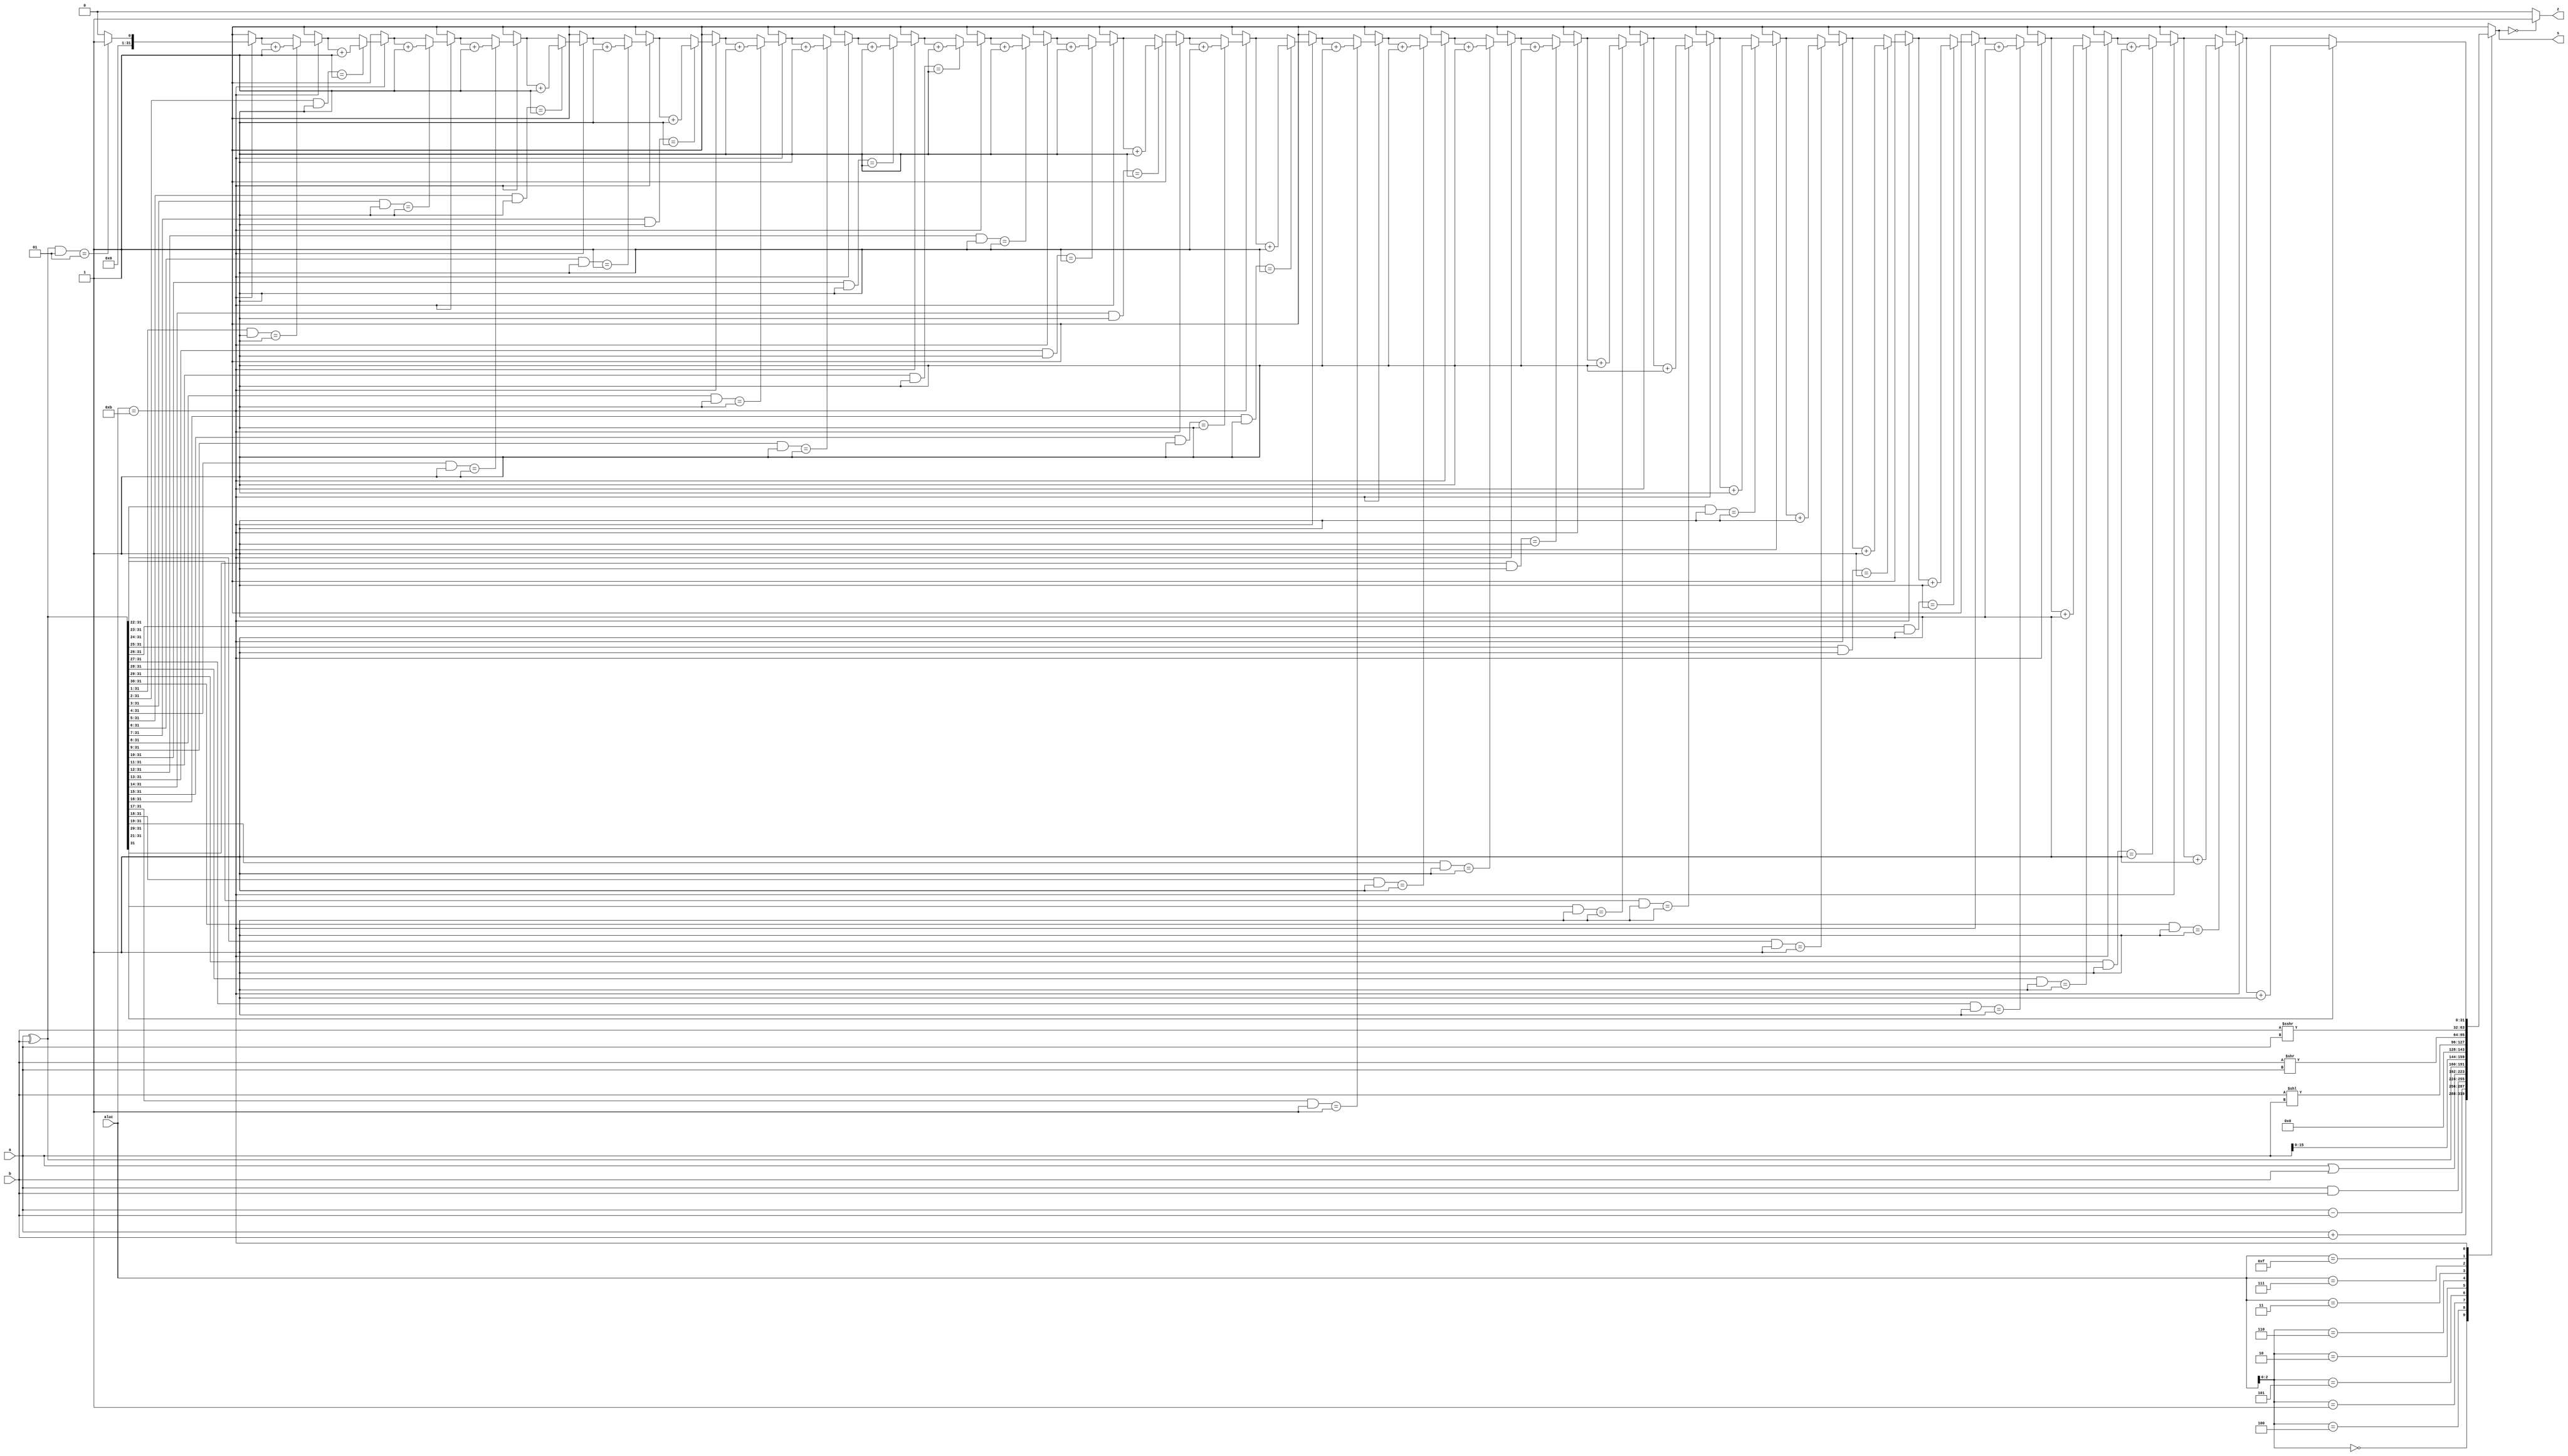
module alu (a,b,aluc,s,z);
   input [31:0] a,b;
   input [3:0] aluc;
   output [31:0] s;
   output        z;
   reg [31:0] s;
   reg        z;
	integer c =0;
	integer i=0;
	initial begin
		s=0;
		z=0;
	end
   always @ (a or b or aluc) 
      begin                                   // event
         casex (aluc)
             4'bx000: s = a + b;              //x000 ADD
             4'bx100: s = a - b;              //x100 SUB
             4'bx001: s = a & b;              //x001 AND
             4'bx101: s = a | b;              //x101 OR
             4'bx010: s = a ^ b;              //x010 XOR
             4'bx110: s = a << 16;            //x110 LUI: imm << 16bit
             4'b0011: s = b << a;             //0011 SLL: rd <- (rt << sa)
             4'b0111: s = b >> a;             //0111 SRL: rd <- (rt >> sa) (logical)
             4'b1111: s = $signed(b) >>> a;   //1111 SRA: rd <- (rt >> sa) (arithmetic)
				 4'b1011:
					begin
						s = 0;
						c = a^b;  
						for (i = 0; i < 32; i = i + 1)
						begin
							if ((c & 1)==1)
							begin
								s = s + 1;
							end
							c = c>>1;
						end
					end
             default: s = 0;
         endcase
         if (s == 0 )  z = 1;
            else z = 0;         
      end      
endmodule